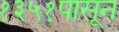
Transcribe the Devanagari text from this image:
१३५१पासून